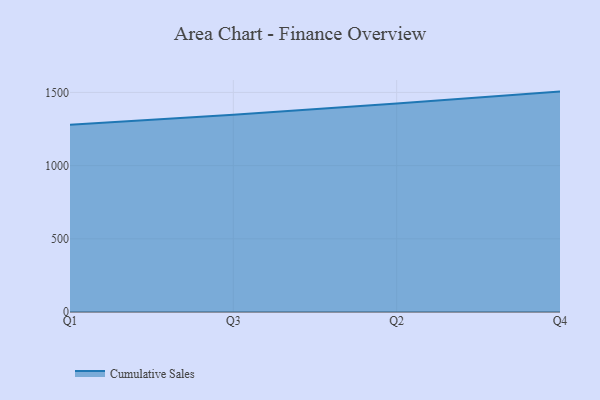
{"axis": {"x": "Quarter", "y": "Tickets Resolved"}, "legend": ["Cumulative Sales"], "data": [{"x": "Q1", "y": 1279.5, "type": "Cumulative Sales"}, {"x": "Q3", "y": 1348.3, "type": "Cumulative Sales"}, {"x": "Q2", "y": 1424.8, "type": "Cumulative Sales"}, {"x": "Q4", "y": 1505.6, "type": "Cumulative Sales"}]}